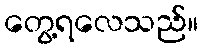
တွေ့ရလေသည်။